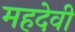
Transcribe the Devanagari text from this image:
महदेवी